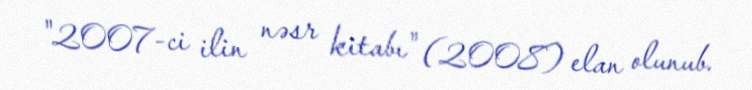
"2007-ci ilin nəsr kitabı" (2008) elan olunub.